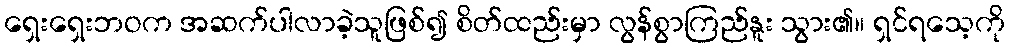
ရှေးရှေးဘဝက အဆက်ပါလာခဲ့သူဖြစ်၍ စိတ်ထည်းမှာ လွန်စွာကြည်နူး သွား၏။ ရှင်ရသေ့ကို